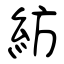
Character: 紡